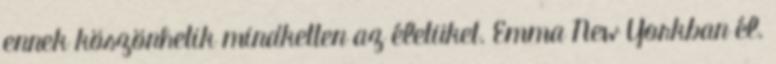
ennek köszönhetik mindketten az életüket. Emma New Yorkban él.